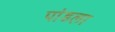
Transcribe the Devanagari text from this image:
पांडला